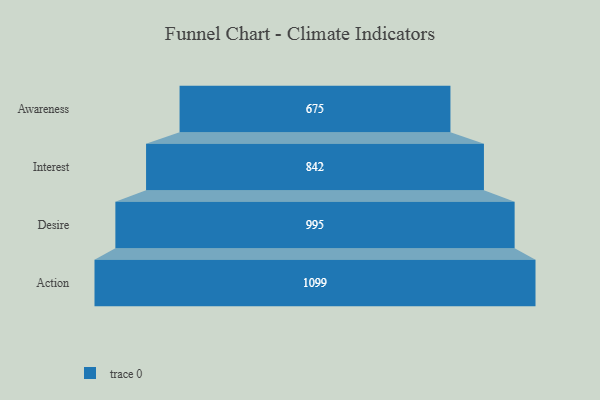
{"axis": {"x": "Stage", "y": "Value"}, "legend": [""], "data": [{"x": "Awareness", "y": 675.0, "type": ""}, {"x": "Interest", "y": 842.0, "type": ""}, {"x": "Desire", "y": 995.0, "type": ""}, {"x": "Action", "y": 1099.0, "type": ""}]}